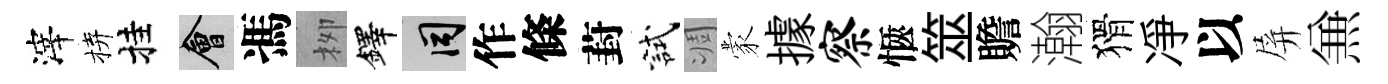
滓拚挂會馮栁鐸间作條葑試凋蒙據察愜筮贍瀚猾凈以屏𠔥